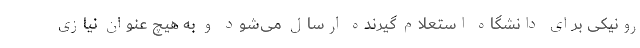
رونیکی برای دانشگاه استعلام گیرنده ارسال می‌شود و به هیچ عنوان نیازی